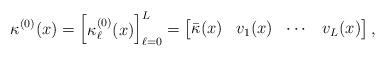
LaTeX: \begin{align*}\kappa^{(0)}(x) = \begin{bmatrix} \kappa^{(0)}_\ell(x) \end{bmatrix}_{\ell=0}^{L} = \begin{bmatrix}\bar\kappa(x) & v_1(x) & \cdots & v_L(x) \end{bmatrix},\end{align*}